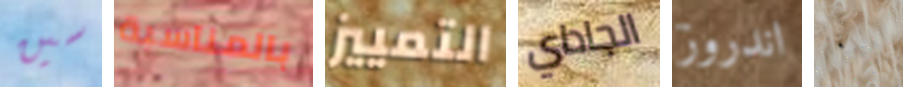
سين بالمناسبة التمييز الجاداي اندروز ٠